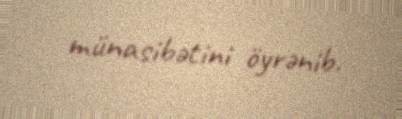
münasibətini öyrənib.